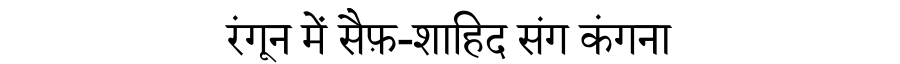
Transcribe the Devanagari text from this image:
रंगून में सैफ़-शाहिद संग कंगना